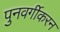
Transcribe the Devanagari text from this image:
पुनवर्गीकरन